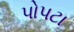
પોપટા